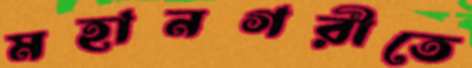
মহানগরীতে